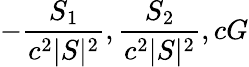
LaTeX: -{\frac{S_{1}}{c^{2}|S|^{2}}},{\frac{S_{2}}{c^{2}|S|^{2}}},cG